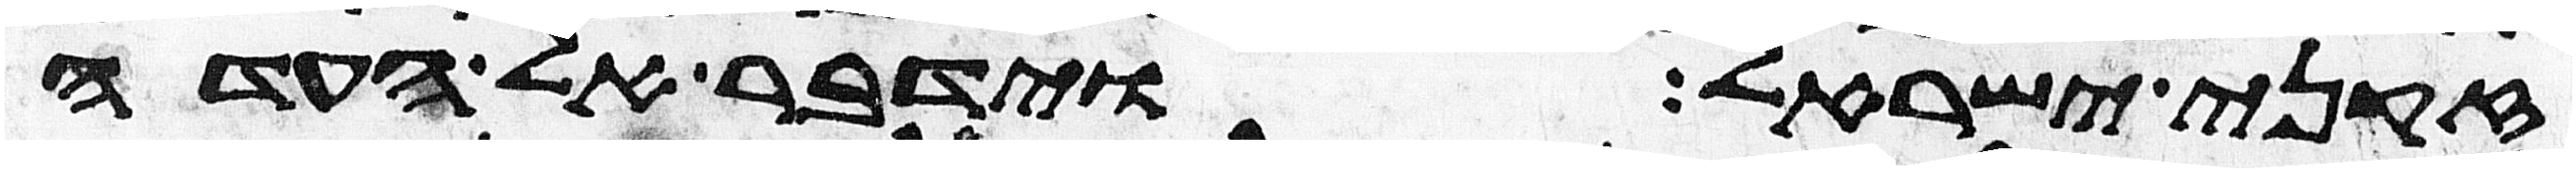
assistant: זקני ישראל וידבר אל העדה